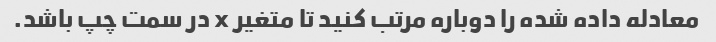
معادله داده شده را دوباره مرتب کنید تا متغیر x در سمت چپ باشد.